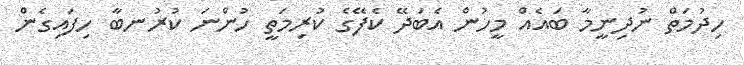
ހިދުމަތް ނުދިނީމާ ބައެއް މީހުން އެބަދޭ ކެފޭގެ ކުރިމަތީ ހުންނަ ކުރުނބާ ހިފައިގެން